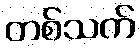
တစ်သက်